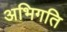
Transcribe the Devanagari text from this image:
अभिगति